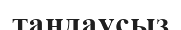
таңдаусыз